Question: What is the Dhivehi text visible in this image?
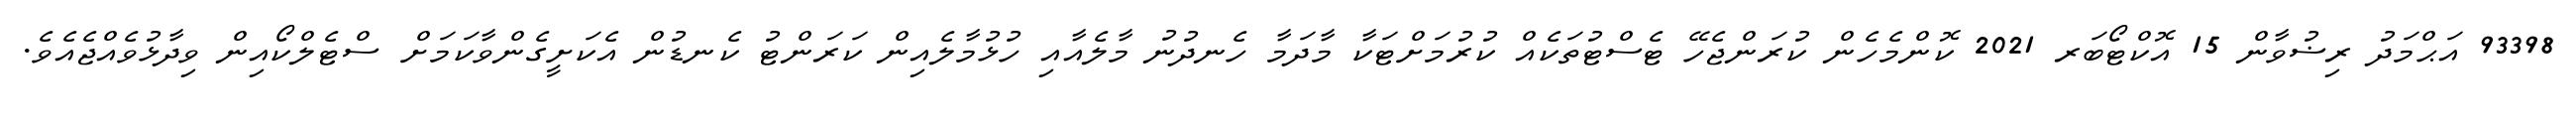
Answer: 93398 އަޙްމަދު ރިޟުވާން 15 އޮކްޓޯބަރ 2021 ކޮންމެހެން ކުރަންޖެހޭ ޓެސްޓުތަކެއް ކުރުމަށްޓަކާ މާދަމާ ހެނދުނު މާލެއާއި ހުޅުމާލެއިން ކަރަންޓު ކެނޑުން އެކަށީގެންވާކަމަށް ސްޓެލްކޯއިން ވިދާޅުވެއްޖެއެވެ.